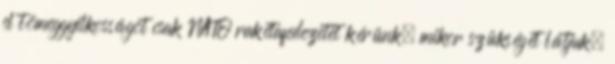
el tömeggyilkosságot csak NATO rakétafedezetet kérünk, mikor szükségét látjuk.